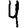
Digit: 4